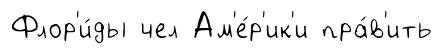
Флор'и́ды чел Ам'е́р'ик'и пра́в'ить